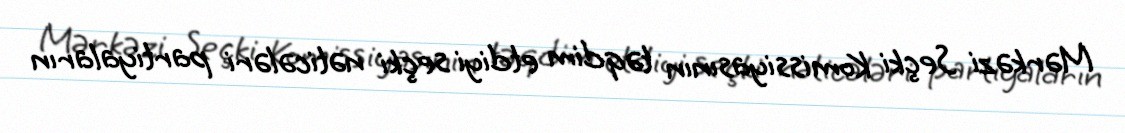
Mərkəzi Seçki Komissiyasının təqdim etdiyi seçki nəticələri partiyaların